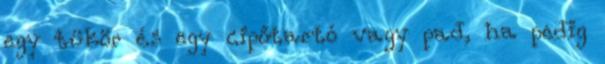
egy tükör és egy cipőtartó vagy pad, ha pedig